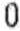
0